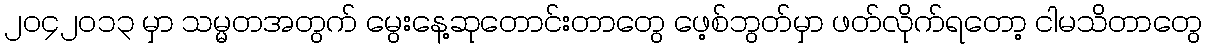
၂ဝ၄၂ဝ၁၃ မှာ သမ္မတအတွက် မွေးနေ့ဆုတောင်းတာတွေ ဖေ့စ်ဘွတ်မှာ ဖတ်လိုက်ရတော့ ငါမသိတာတွေ